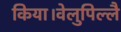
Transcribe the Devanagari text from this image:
किया।वेलुपिल्लै